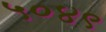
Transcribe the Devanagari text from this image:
५०४९